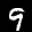
Label: 9